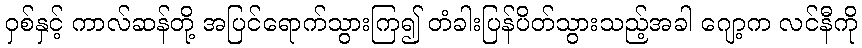
ဝှစ်နှင့် ကာလ်ဆန်တို့ အပြင်ရောက်သွားကြ၍ တံခါးပြန်ပိတ်သွားသည့်အခါ ဂျော့က လင်နီကို